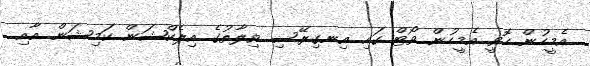
އެމީހުން ހޮވީ އެމީހުން ވޯޓް ގައި އިނގިރޭސި ވިލާތުގެ އިލެކްޝަން ކަމިޝަން އާއި